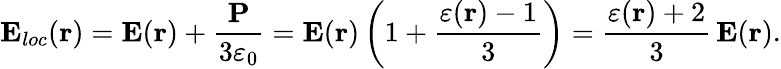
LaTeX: {\mathbf E}_{loc}({\mathbf r})={\mathbf E}({\mathbf r})+\frac{{\mathbf P}}{3\varepsilon_{0}}={\mathbf E}({\mathbf r})\left(1+\frac{\varepsilon({\mathbf r})-1}{3}\right)=\frac{\varepsilon({\mathbf r})+2}{3}\, {\mathbf E}({\mathbf r}).